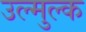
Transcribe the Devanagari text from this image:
उल्मुल्क